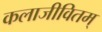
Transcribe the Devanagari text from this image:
कलाजीवितम्